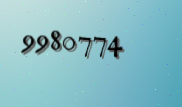
9980774